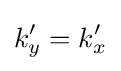
k_{y}'=k_{x}'